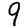
Digit: 9